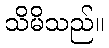
သိမိသည်။